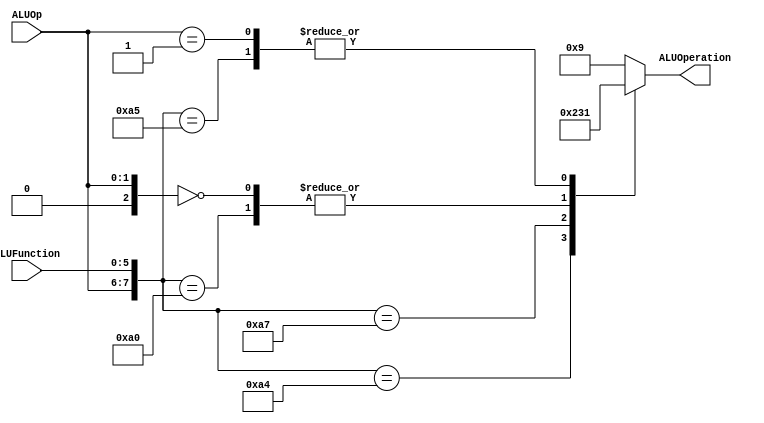
module ALUControl
(
	input [1:0] ALUOp,
	input [5:0] ALUFunction,
	output [3:0] ALUOperation

);
//00 ADITION
//01 SUBSTRACITON
//10 FUNCT
localparam R_Type_AND  = 8'b10_100100;
localparam R_Type_OR   = 8'b10_100101;
localparam R_Type_NOR  = 8'b10_100111;
localparam R_Type_ADD  = 8'b10_100000;
localparam I_Type_ADDI = 8'b00_xxxxxx;
localparam I_Type_ORI  = 8'b01_xxxxxx;
localparam BEQ_AND_BNE = 8'b01_xxxxxx;

reg [3:0] ALUControlValues;
wire [8:0] Selector;

assign Selector = {ALUOp, ALUFunction};

always@(Selector)begin
	casex(Selector)
		R_Type_AND:    ALUControlValues = 4'b0000;
		R_Type_OR: 		ALUControlValues = 4'b0001;
		R_Type_NOR: 	ALUControlValues = 4'b0010;
	   R_Type_ADD: 	ALUControlValues = 4'b0011;
		I_Type_ADDI:	ALUControlValues = 4'b0011;
		I_Type_ORI: 	ALUControlValues = 4'b0001;
		BEQ_AND_BNE: 	ALUControlValues = 4'b0100;
		default: ALUControlValues = 4'b1001;
	endcase
end


assign ALUOperation = ALUControlValues;

endmodule